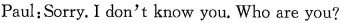
Paul;Sorry. I don't know you. Who are you?